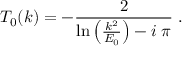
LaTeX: T _ { 0 } ( k ) = - \frac { 2 } { \mathrm { l n } \left( \frac { k ^ { 2 } } { E _ { 0 } } \right) - i \; \pi } \; .